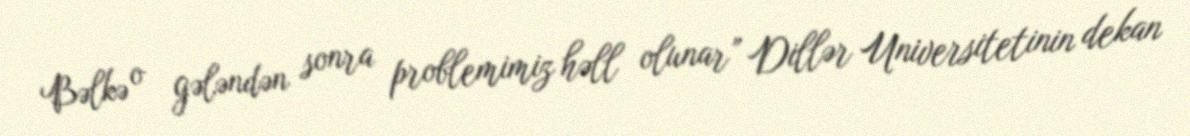
Bəlkə o gələndən sonra problemimiz həll olunar” Dillər Universitetinin dekan